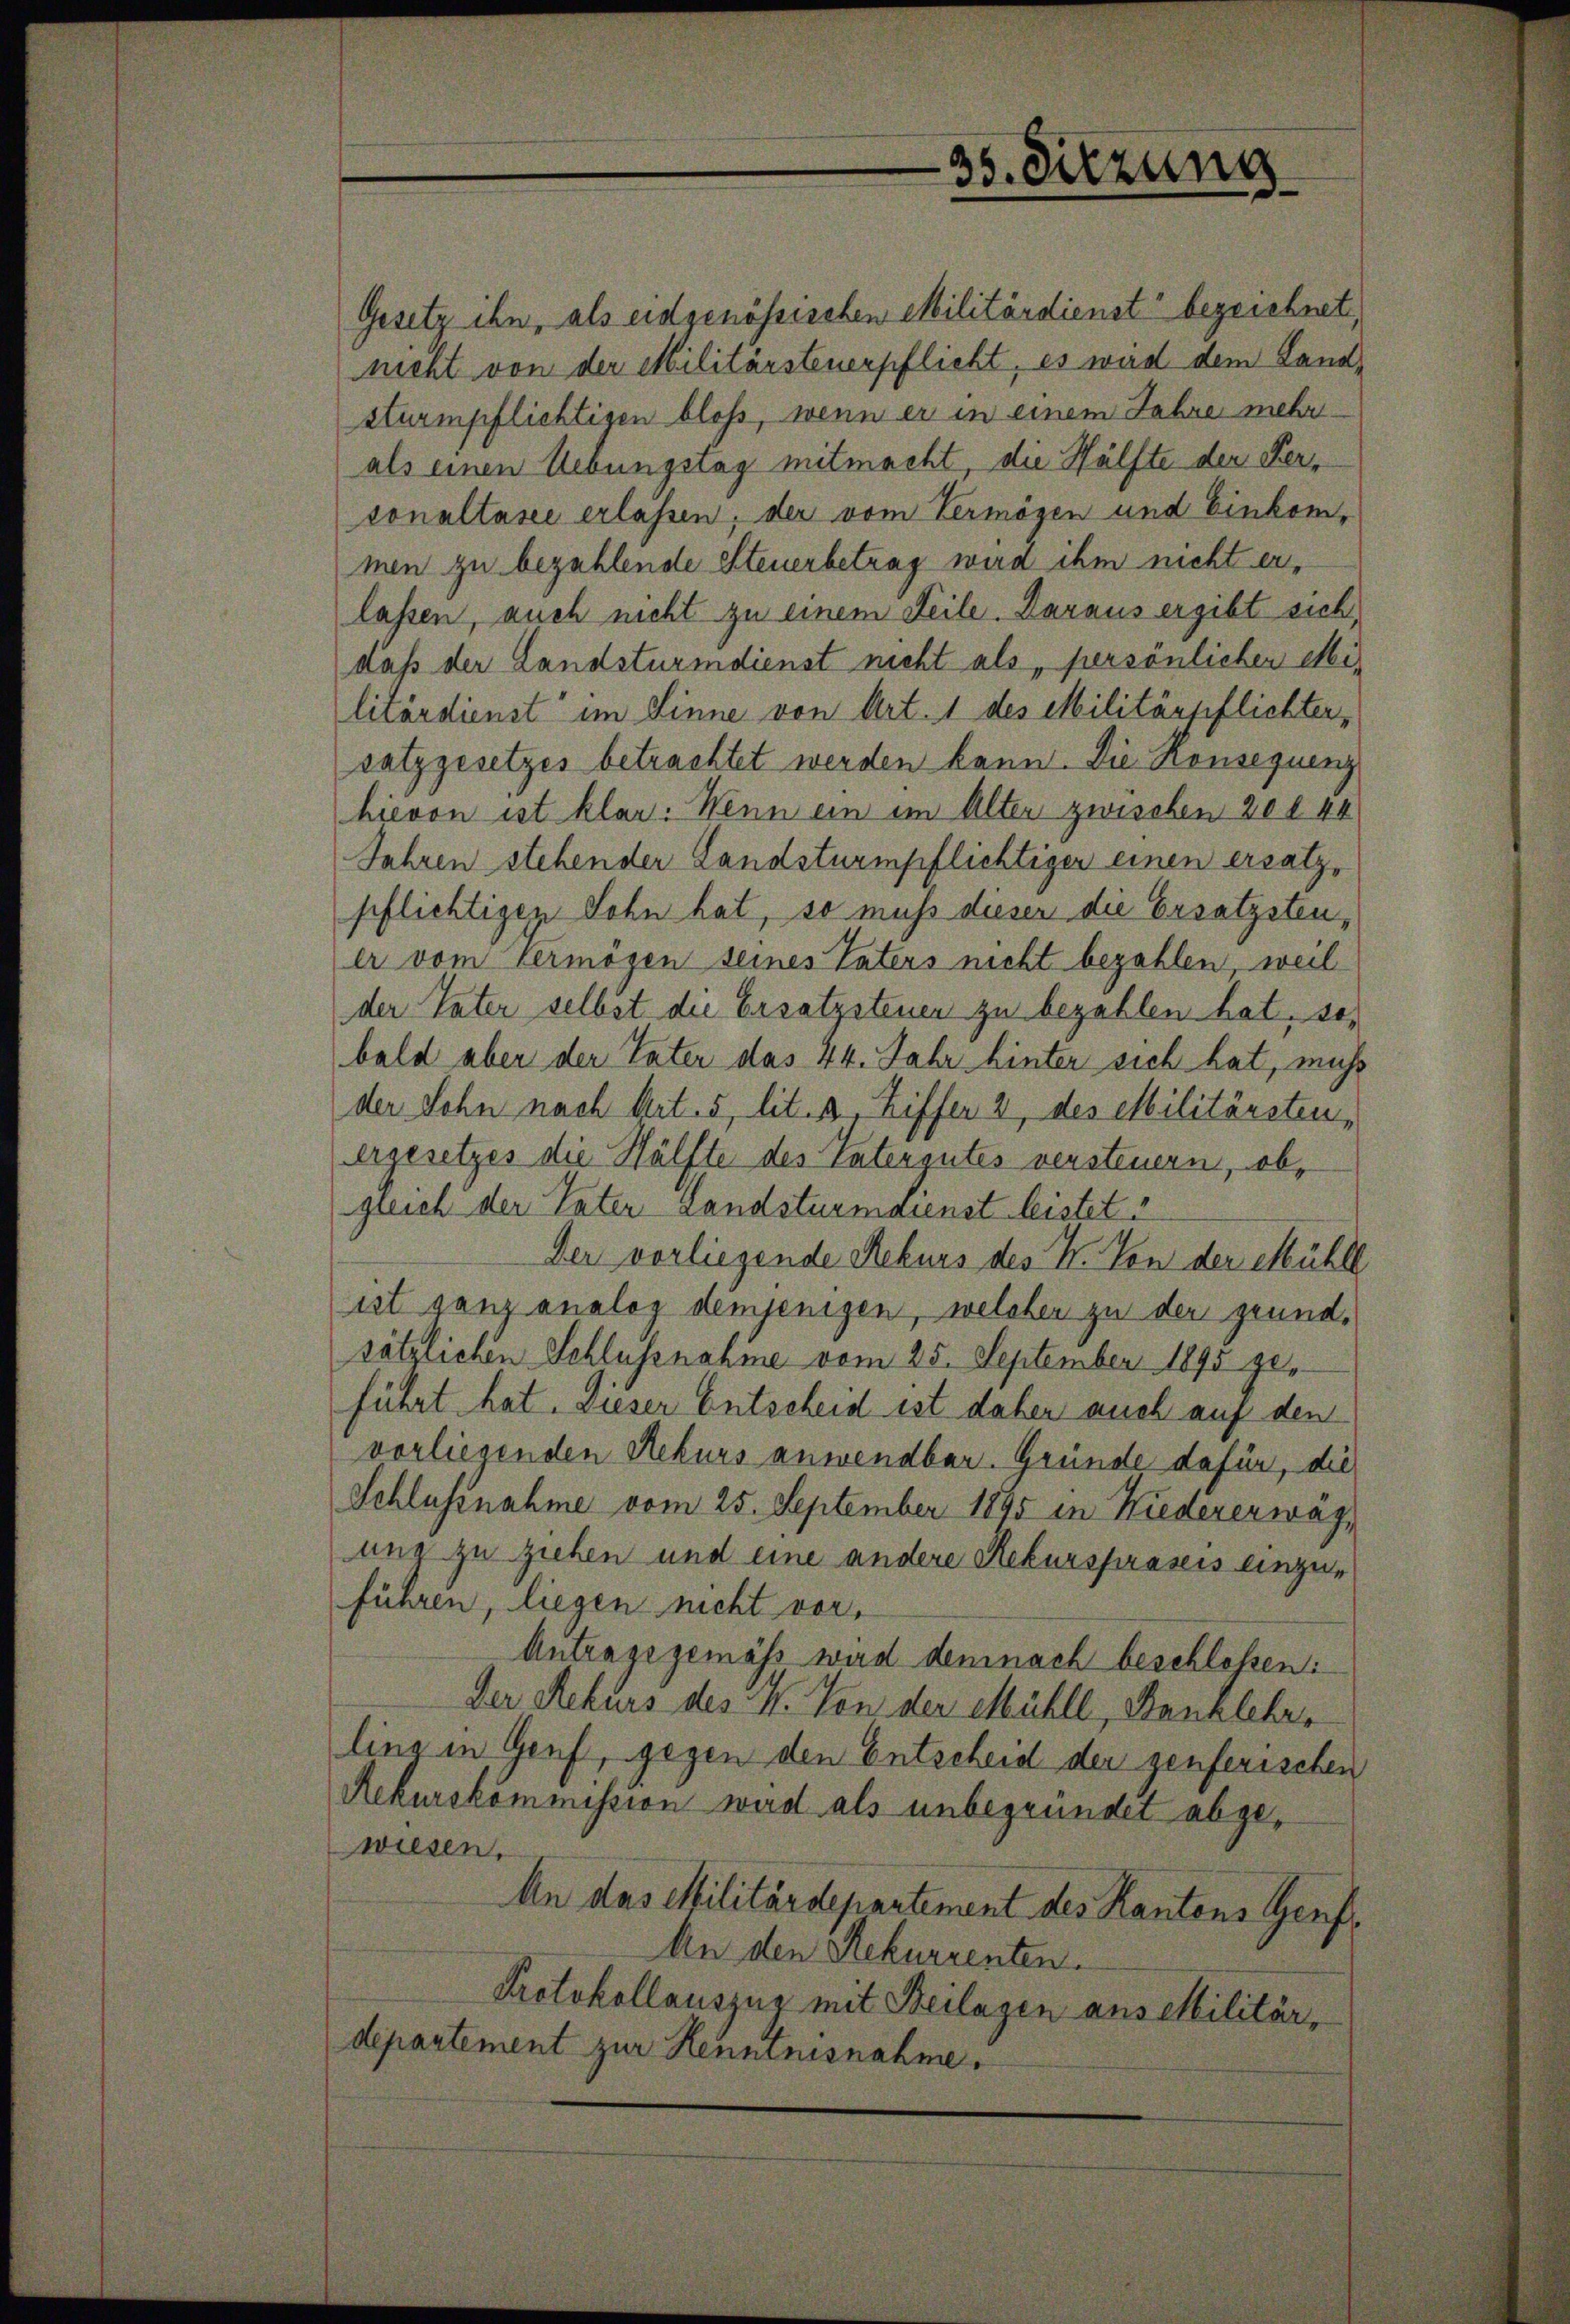
Gesetz ihn, als eidgenössischen Militärdienst“ bezeichnet,
nicht von der Militärsteuerpflicht, es wird dem Landsturmpflichtigen bloß, wenn er in einem Jahre mehr
als einen Uebungstag mitmacht, die Hälfte der Kersonaltasee erlassen, der vom Vermögen und Einkommen zu bezahlende Steuerbetrag wird ihm nicht erlassen, auch nicht zu einem Teile. Daraus ergibt sich,
daß der Landsturmdienst nicht als „persönlicher Mis
litärdienst im Linne von Art. 1 des Militärpflichter,
satzgesetzes betrachtet werden kann. Die Konsequenz
hievon ist klar. Wenn ein im Alter zwischen 20 f 44
Jahren stehender Landsturmpflichtiger einen ersatzpflichtigen Sohn hat, so muss dieser die Ersatzsten,
er vom Vermögen seines Vaters nicht bezahlen, weil
der Vater selbst die Ersatzsteuen zu bezahlen hat, so
bald aber der Vater das 44. Jahr hinter sich hat, muss
der Sohn nach Art. 5 lit. 2, Ziffer 2, des Militärsten,
ergesetzes die Hälfte des Vatergutes versteuern, ob,
greich der Vater Landsturmdienst leistet
Der vorliegende Rekurs des N. Von der Mühll
ist ganz analog demjenigen, welcher zu der grundsötzlichen Schlussnahme vom 25. September 1895 zuführt hat. Dieser Entscheid ist daher auch auf den
vorliegenden Rekurs anwendbar. Gründe dafür, die
Schlussnahme vom 25. September 1895 in Niedererwagung zu ziehen und eine andere Rekurspräseis einzuführen, liegen nicht vor,
Antragsgemäss wird demnach beschloßen:
Der Rekurs des N. Von der Mühll, Kanzlehr,
ling in Genf, gegen den Entscheid der genferischen
Rekurskommission wird als unbegründet abgewiesen,
An das Militärdepartement des Kantons Genf¬
An den Rekurrenten.
Protokollauszug mit Beilagen aus Militär,
departement zur Henninisnahme.

35. Sitzung